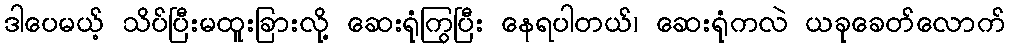
ဒါပေမယ့် သိပ်ပြီးမထူးခြားလို့ ဆေးရုံကြွပြီး နေရပါတယ်၊ ဆေးရုံကလဲ ယခုခေတ်လောက်